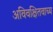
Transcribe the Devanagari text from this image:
अविवक्षितवाच्य